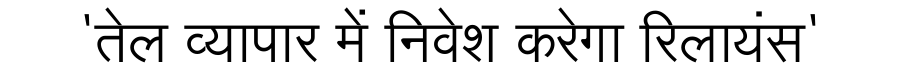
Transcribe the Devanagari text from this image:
'तेल व्यापार में निवेश करेगा रिलायंस'